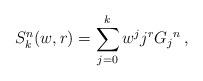
LaTeX: \begin{align*}S_k^n (w,r) = \sum_{j = 0}^k {w^j j^r G_j{}^n }\,,\end{align*}